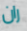
ران